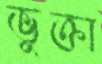
ভুক্তা